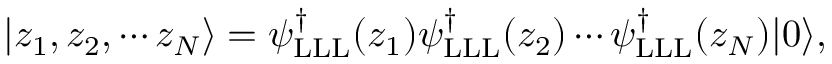
| z _ { 1 } , z _ { 2 } , \cdots z _ { N } \rangle = \psi _ { \mathrm { L L L } } ^ { \dag } ( z _ { 1 } ) \psi _ { \mathrm { L L L } } ^ { \dag } ( z _ { 2 } ) \cdots \psi _ { \mathrm { L L L } } ^ { \dag } ( z _ { N } ) | 0 \rangle ,